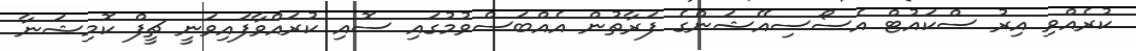
ކުރެއްވި އިރު ސްކައުޓް އެސޯސިއޭޝަންގެ ފަރާތުން އެއްބަސްވުމުގައި ސޮއި ކުރައްވާފައިވަނީ ޗީފް ކޮމިޝަނާ